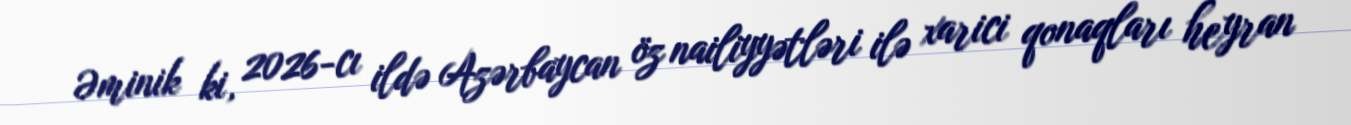
Əminik ki, 2026-cı ildə Azərbaycan öz nailiyyətləri ilə xarici qonaqları heyran